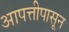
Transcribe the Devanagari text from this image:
आपत्तीपासून